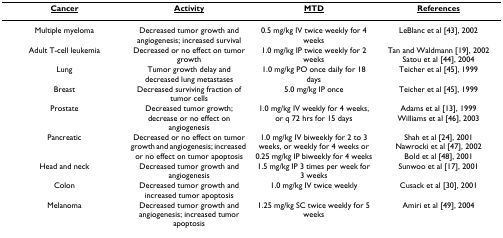
<table><thead><tr><td><b><underline>Cancer</underline></b></td><td><b><underline>Activity</underline></b></td><td><b><underline>MTD</underline></b></td><td><b><underline>References</underline></b></td></tr></thead><tbody><tr><td>Multiple myeloma</td><td>Decreased tumor growth and angiogenesis; increased survival</td><td>0.5 mg/kg IV twice weekly for 4 weeks</td><td>LeBlanc et al [43], 2002</td></tr><tr><td>Adult T-cell leukemia</td><td>Decreased or no effect on tumor growth</td><td>1.0 mg/kg IP twice weekly for 2 weeks</td><td>Tan and Waldmann [19], 2002Satou et al [44], 2004</td></tr><tr><td>Lung</td><td>Tumor growth delay and decreased lung metastases</td><td>1.0 mg/kg PO once daily for 18 days</td><td>Teicher et al [45], 1999</td></tr><tr><td>Breast</td><td>Decreased surviving fraction of tumor cells</td><td>5.0 mg/kg IP once</td><td>Teicher et al [45], 1999</td></tr><tr><td>Prostate</td><td>Decreased tumor growth; decrease or no effect on angiogenesis</td><td>1.0 mg/kg IV weekly for 4 weeks, or q 72 hrs for 15 days</td><td>Adams et al [13], 1999Williams et al [46], 2003</td></tr><tr><td>Pancreatic</td><td>Decreased or no effect on tumor growth and angiogenesis; increased or no effect on tumor apoptosis</td><td>1.0 mg/kg IV biweekly for 2 to 3 weeks, or weekly for 4 weeks or 0.25 mg/kg IP biweekly for 4 weeks</td><td>Shah et al [24], 2001Nawrocki et al [47], 2002Bold et al [48], 2001</td></tr><tr><td>Head and neck</td><td>Decreased tumor growth and angiogenesis</td><td>1.5 mg/kg IP 3 times per week for 3 weeks</td><td>Sunwoo et al [17], 2001</td></tr><tr><td>Colon</td><td>Decreased tumor growth and increased tumor apoptosis</td><td>1.0 mg/kg IV twice weekly</td><td>Cusack et al [30], 2001</td></tr><tr><td>Melanoma</td><td>Decreased tumor growth and angiogenesis; increased tumor apoptosis</td><td>1.25 mg/kg SC twice weekly for 5 weeks</td><td>Amiri et al [49], 2004</td></tr></tbody></table>